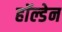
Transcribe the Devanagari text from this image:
हाॅल्डेन